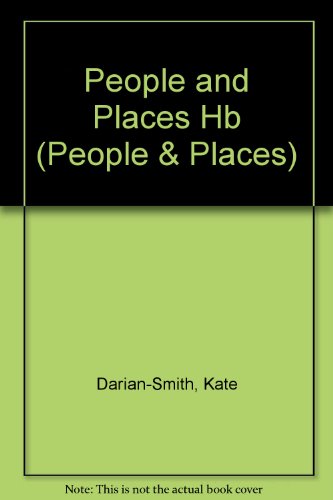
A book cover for Australian Outback and Its People (People & Places); Kate Darian-Smith; Children's Books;